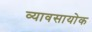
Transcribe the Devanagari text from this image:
व्यावसायोक